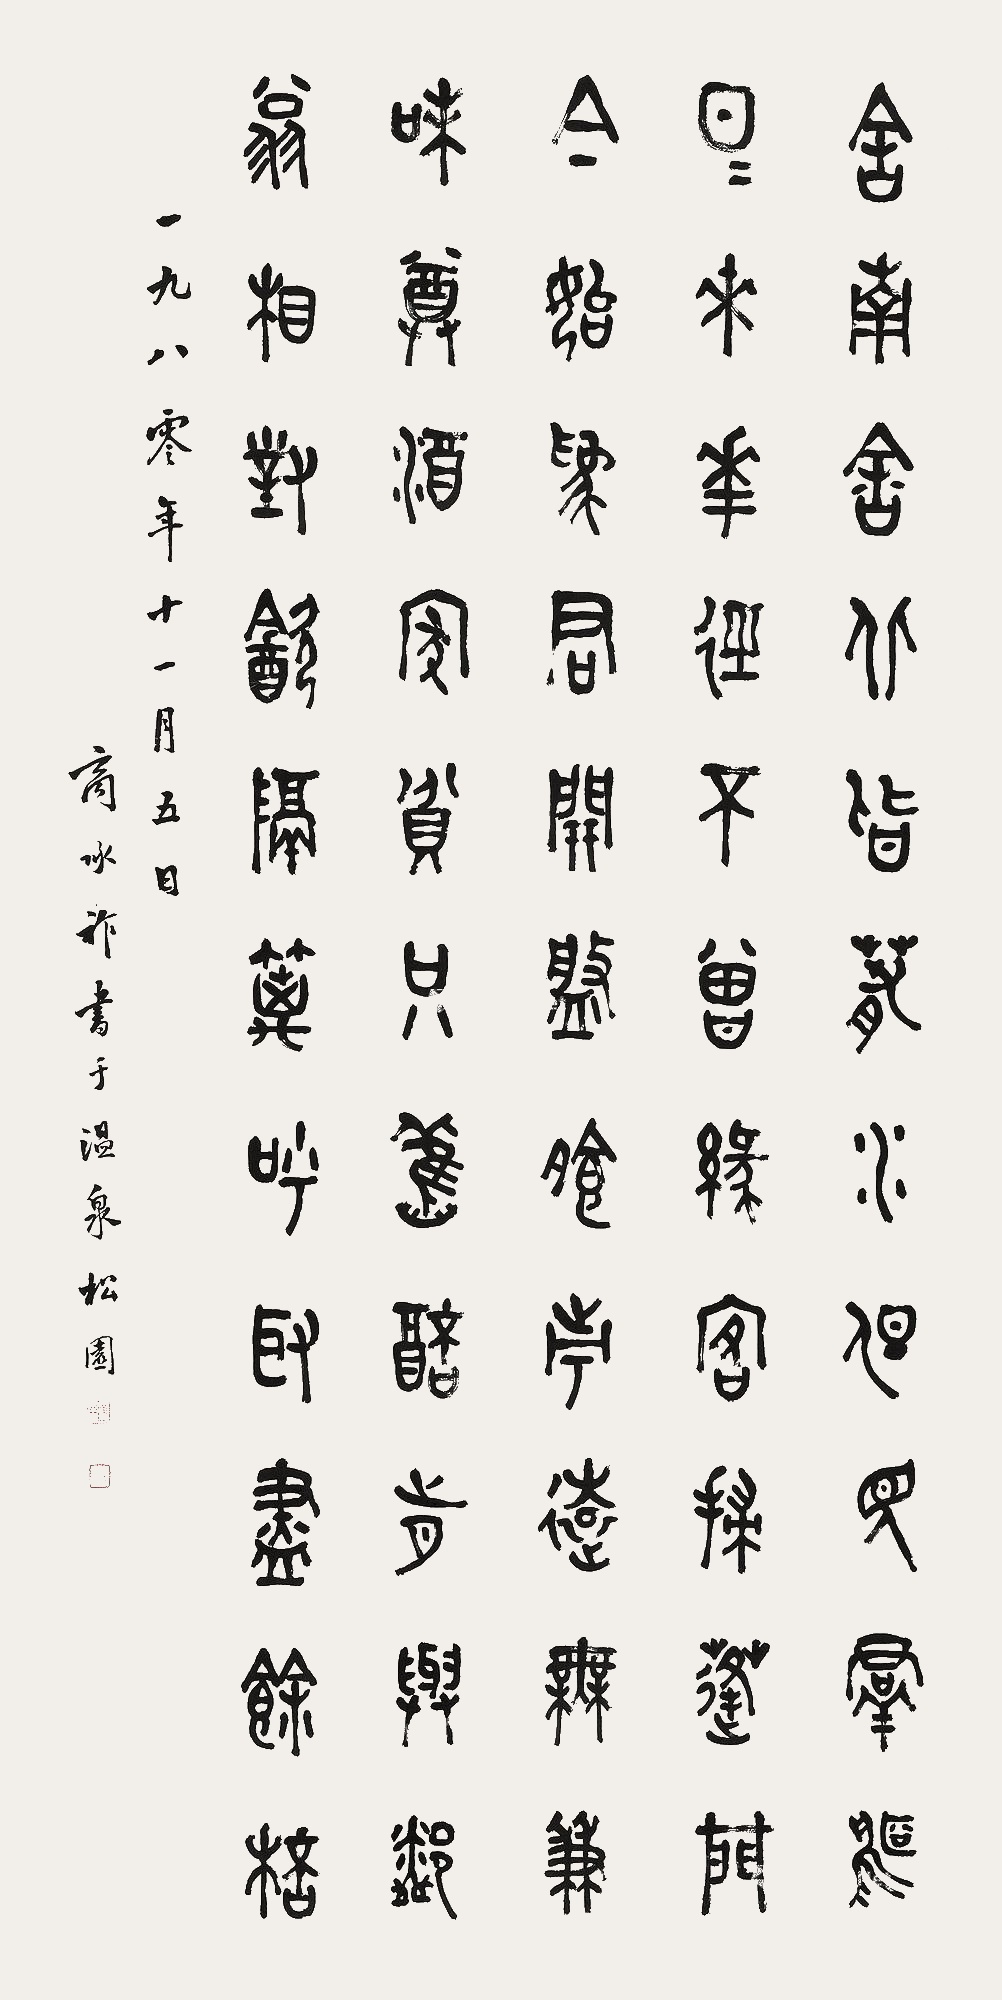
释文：舍南舍北皆春水，但见群鸥日日来。花径不曾缘客扫，蓬门今始为君开。盘飧市远无兼味，樽酒家贫只旧醅。肯与邻翁相对饮，隔篱呼取尽余杯。一九八零年十一月五日，商承祚书于温泉松园。